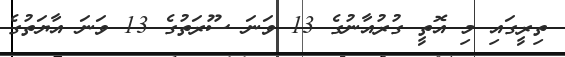
ތިރީގައި މި އޮތީ ގުރުއާނުގެ 13 ވަނަ ސޫރަތުގެ 13 ވަނަ އާޔަތުގެ